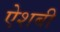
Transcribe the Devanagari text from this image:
ऐशबी